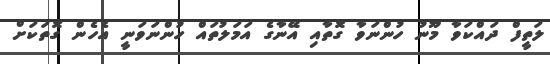
ލަތީފް ދައްކަވާ މޫނު ހުންނަވާ ގޮތާއި އޭނާގެ އަމަލުތައް ހުންނަވަނީ އެހެން ގޮތަކަށް